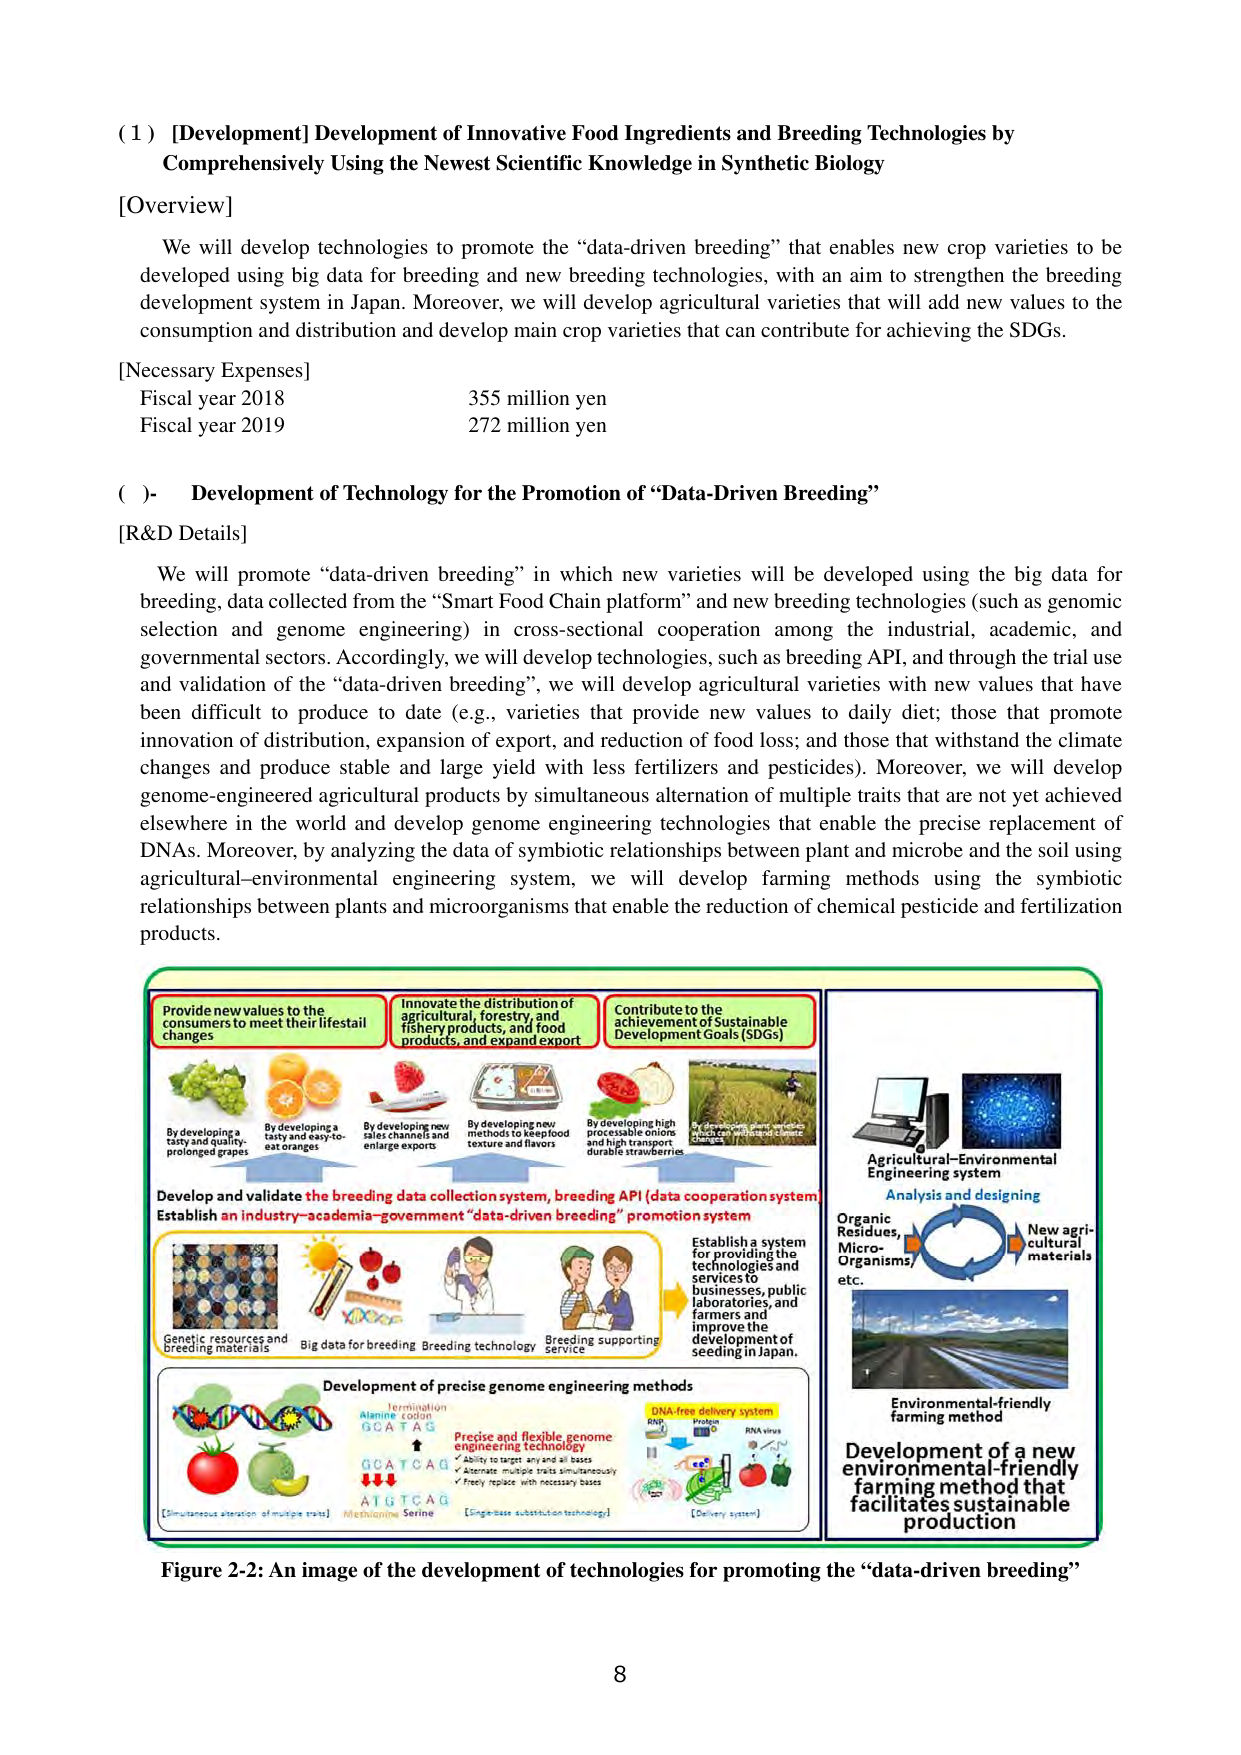
(1) [Development] Development of Innovative Food Ingredients and Breeding Technologies by Comprehensively Using the Newest Scientific Knowledge in Synthetic Biology

[Overview]
We will develop technologies to promote the “data-driven breeding” that enables new crop varieties to be developed using big data for breeding and new breeding technologies, with an aim to strengthen the breeding development system in Japan. Moreover, we will develop agricultural varieties that will add new values to the consumption and distribution and develop main crop varieties that can contribute for achieving the SDGs.

[Necessary Expenses]
Fiscal year 2018 355 million yen
Fiscal year 2019 272 million yen

( )- Development of Technology for the Promotion of “Data-Driven Breeding”

[R&D Details]
We will promote “data-driven breeding” in which new varieties will be developed using the big data for breeding, data collected from the “Smart Food Chain platform” and new breeding technologies (such as genomic selection and genome engineering) in cross-sectional cooperation among the industrial, academic, and governmental sectors. Accordingly, we will develop technologies, such as breeding API, and through the trial use and validation of the “data-driven breeding”, we will develop agricultural varieties with new values that have been difficult to produce to date (e.g., varieties that provide new values to daily diet; those that promote innovation of distribution, expansion of export, and reduction of food loss; and those that withstand the climate changes and produce stable and large yield with less fertilizers and pesticides). Moreover, we will develop genome-engineered agricultural products by simultaneous alternation of multiple traits that are not yet achieved elsewhere in the world and develop genome engineering technologies that enable the precise replacement of DNAs. Moreover, by analyzing the data of symbiotic relationships between plant and microbe and the soil using agricultural-environmental engineering system, we will develop farming methods using the symbiotic relationships between plants and microorganisms that enable the reduction of chemical pesticide and fertilization products.

Provide new values to the consumers to meet their lifestyle changes
By developing a tasty and quality-prolonged grapes
By developing a tasty and easy-to-eat oranges
By developing new sales channels and enlarge exports
By developing new methods to keep food texture and flavors
By developing high processable onions and high transport durable strawberries
By developing plant varieties that withstand climate changes

Innovate the distribution of agricultural, forestry, and fishery products, and food products, and expand export

Contribute to the achievement of Sustainable Development Goals (SDGs)

Develop and validate the breeding data collection system, breeding API (data cooperation system)
Establish an industry-academia-government “data-driven breeding” promotion system

Genetic resources and breeding materials
Big data for breeding
Breeding technology
Breeding supporting service

Establish a system for providing the technologies and services to businesses, public laboratories, and farmers and improve the development of seeding in Japan.

Agricultural-Environmental Engineering system
Analysis and designing
Organic Residues, Micro-Organisms, etc.
New agricultural materials

Environmental-friendly farming method

Development of precise genome engineering methods
Termination
Alanine codon
GCATAG
GCATCA
AIGTCA
[Simultaneous alteration of multiple traits]
[Single-base substitution technology]
Precise and flexible genome engineering technology
✓ ability to target any and all bases
✓ alternate multiple traits simultaneously
✓ freely replace with necessary bases
DNA-free delivery system
RNP
RNA virus
[Delivery system]

Development of a new environmental-friendly farming method that facilitates sustainable production

Figure 2-2: An image of the development of technologies for promoting the “data-driven breeding”

8